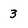
Character: 3